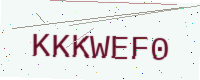
Text: KKKWEF0